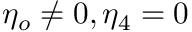
\eta _ { o } \neq 0 , \eta _ { 4 } = 0